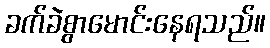
ခက်ခဲစွာမောင်းနေရသည်။